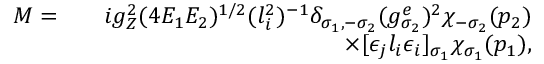
\begin{array} { r l r } { { \cal M } = } & { } & { i g _ { Z } ^ { 2 } ( 4 E _ { 1 } E _ { 2 } ) ^ { 1 / 2 } ( l _ { i } ^ { 2 } ) ^ { - 1 } \delta _ { \sigma _ { 1 } , - \sigma _ { 2 } } ( g _ { \sigma _ { 2 } } ^ { e } ) ^ { 2 } \chi _ { - \sigma _ { 2 } } ( p _ { 2 } ) } \\ & { } & { \times [ \epsilon _ { j } l _ { i } \epsilon _ { i } ] _ { \sigma _ { 1 } } \chi _ { \sigma _ { 1 } } ( p _ { 1 } ) , } \end{array}